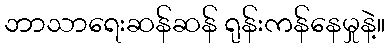
ဘာသာရေးဆန်ဆန် ရုန်းကန်နေမှုနဲ့။